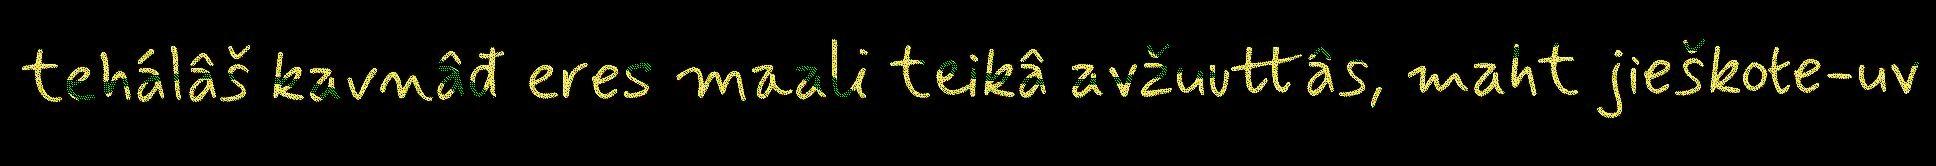
tehálâš kavnâđ eres maali teikâ avžuuttâs, maht jieškote-uv